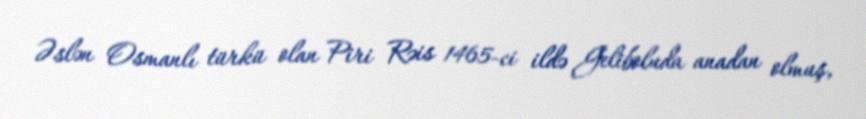
Əslən Osmanlı türkü olan Piri Rəis 1465-ci ildə Geliboluda anadan olmuş,